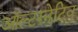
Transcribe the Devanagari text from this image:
ऑल्‍टरनेटिव